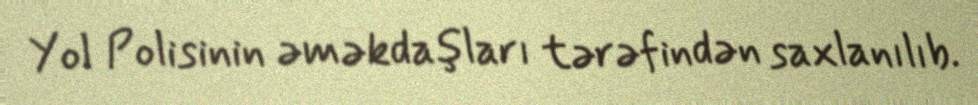
Yol Polisinin əməkdaşları tərəfindən saxlanılıb.